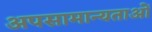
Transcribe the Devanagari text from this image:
अपसामान्यताओं